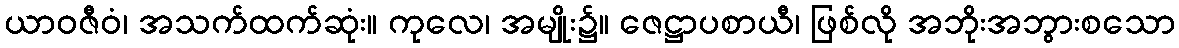
ယာဝဇီဝံ၊ အသက်ထက်ဆုံး။ ကုလေ၊ အမျိုး၌။ ဇေဋ္ဌာပစာယီ၊ ဖြစ်လို အဘိုးအဘွားစသော